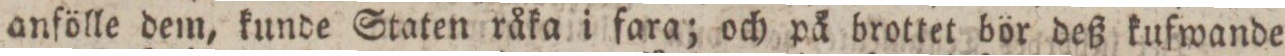
anfölle dem, kunde Staten råka i fara; och på brottet bör deß kufwande